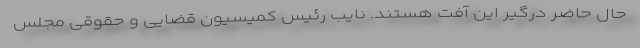
حال حاضر درگیر این آفت هستند. نایب رئیس کمیسیون قضایی و حقوقی مجلس